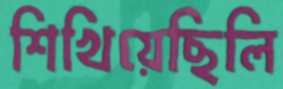
শিখিয়েছিলি